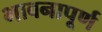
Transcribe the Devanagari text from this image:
भावनापूर्ण